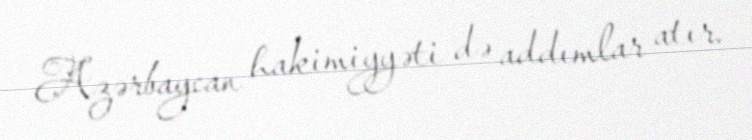
Azərbaycan hakimiyyəti də addımlar atır.